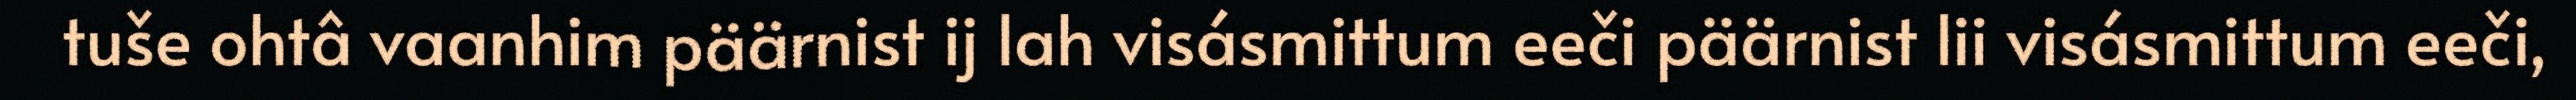
tuše ohtâ vaanhim päärnist ij lah visásmittum eeči päärnist lii visásmittum eeči,